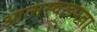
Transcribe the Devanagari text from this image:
आत्मस्वरूपता